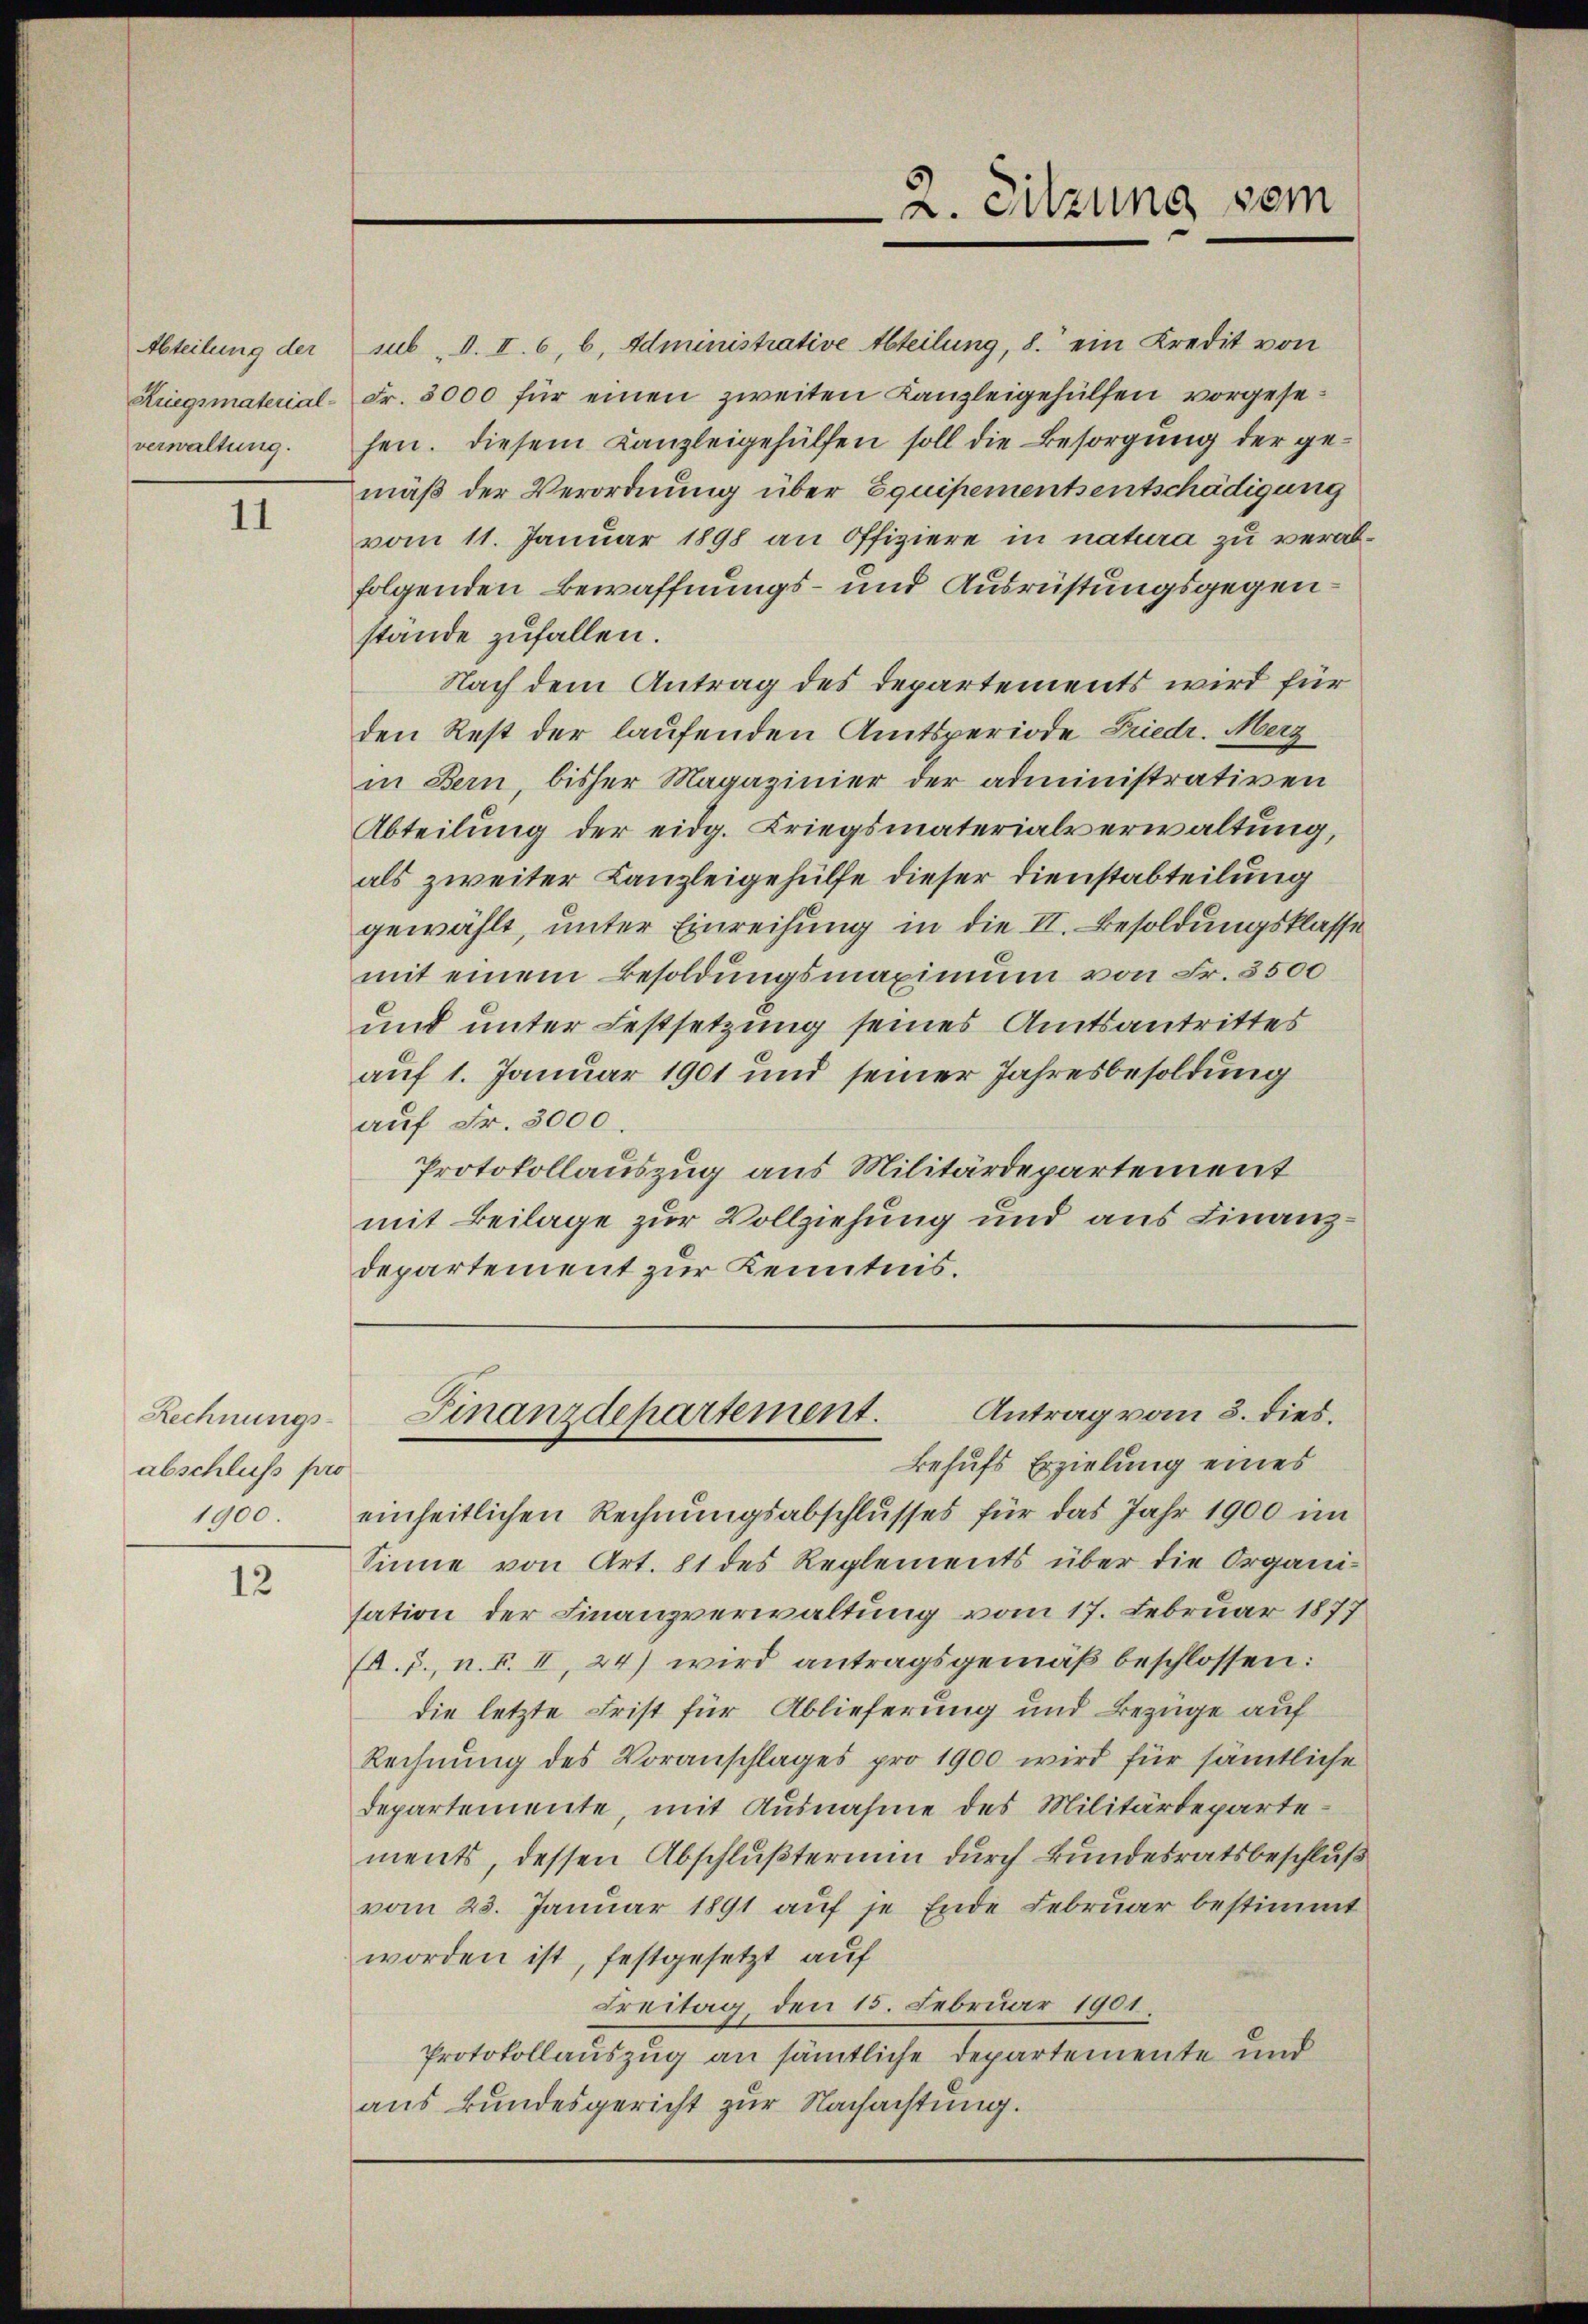
Abteilung der
verwaltung.

11

Rechnungsabschluss pro
1900.

12

sub d. II. 6, b. Administrative Abteilung, 8. ein Kredit von
Kriegsmaterial-Fr. 3000 für einen zweiten Kanzleigehülfen vorgesehen. Diesem Kanzleigehülfen soll die Besorgung der gemäß der Verordnung über Equipementsentschädigung
vom 11. Januar 1898 an Offiziere in natura zu verabfolgenden Bewaffnungs- und Ausrüstungsgegenstände zufallen.
Nach dem Antrag des Departements wird für
den Rest der laufenden Amtsperiode Friedr. Merz
in Bern, bisher Magazinier der administrativen
Abteilung der eidg. Kriegsmaterialverwaltung,
als zweiter Kanzleigehülfe dieser Dienstabteilung
gewählt, unter Einreihung in die II. Besoldungsklasse
mit einem Besoldungsmaximum von Fr. 3500
und unter Festsetzung seines Amtsantrittes
auf 1. Januar 1901 und seiner Jahresbesoldung
auf Fr. 3000.
Protokollauszug aus Militärdepartement
mit Beilage zur Vollziehung und aus Finanzdepartement zur Kenntnis.

2. Sitzung vom

einheitlichen Rechnungsabschlusses für das Jahr 1900 im
Sinne von Art. 81 des Reglements über die Organi-
sation der Finanzverwaltung vom 17. Februar 1877
(A. J., n. F. II, 24) wird antragsgemäß beschlossen:
die letzte Frist für Ablieferung und Bezüge auf
Rechnung des Voranschlages pro 1900 wird für sämtliche
departemente, mit Ausnahme des Militärdeparte-
ments, dessen Abschlußtermin durch Bundesratsbeschluß
vom 23. Januar 1891 auf je Ende Februar bestimmt
worden ist, festgesetzt auf
Freitag, den 15. Februar 1901.
Protokollauszug an sämtliche Departemente und
aus Bundesgericht zur Nachachtung.

Antrag vom 3. dies.
Finanzdepartement.
Behufs Erzielung eines